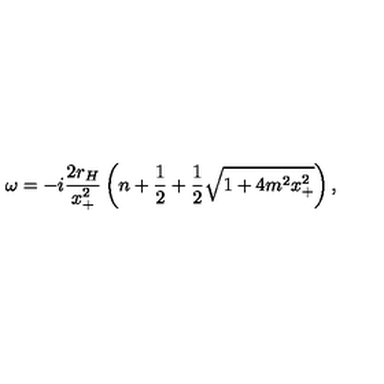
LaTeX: \omega = - i \frac { 2 r _ { H } } { x _ { + } ^ { 2 } } \left( n + \frac { 1 } { 2 } + \frac { 1 } { 2 } \sqrt { 1 + 4 m ^ { 2 } x _ { + } ^ { 2 } } \right) ,